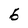
Character: 6